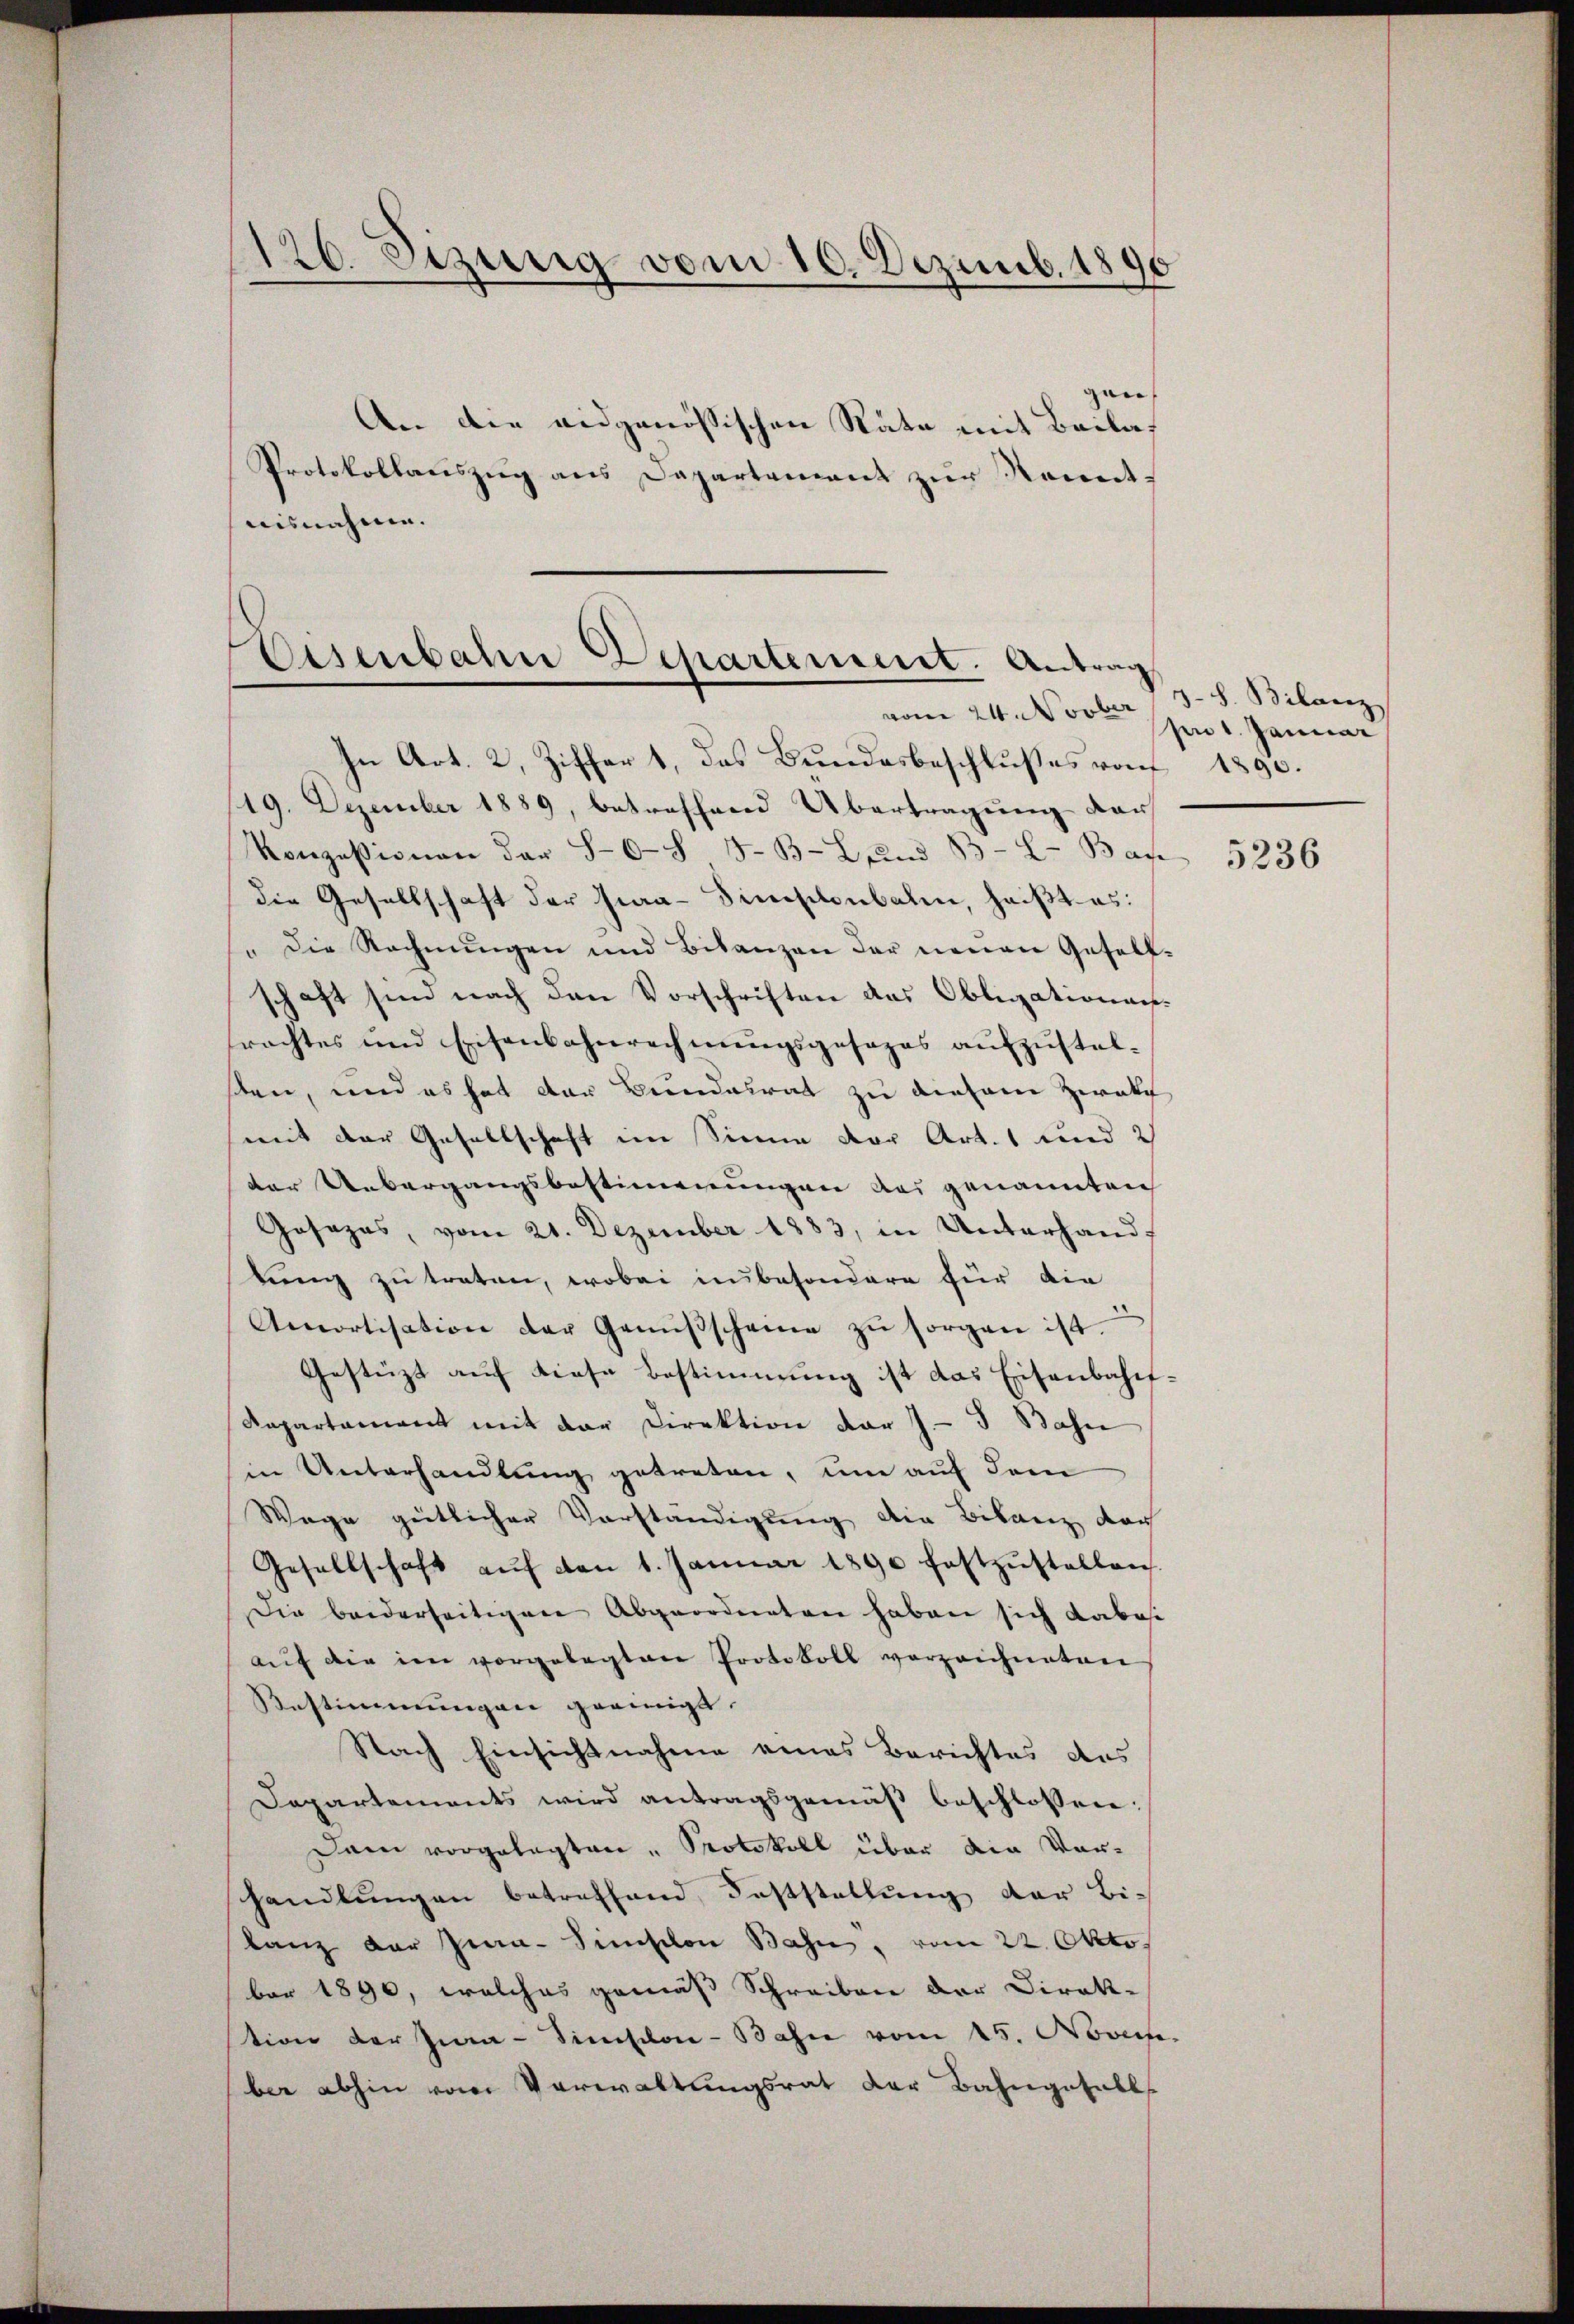
126. Jezung vom 10. Dezemb. 1890

gen
An die eidgenössischen Räte mit Beilas
Protokollauszug aus Dapartement zur Kenntaisnahme.

Eisenbahn Departement. Antrag
vom 24. Novber

In Art. 2, Ziffer 1, das Bundesbeschlußes von 1890.
19. Dezember 1889, betreffend Übertragung der
Konzessionen der 56 § 5. B. Bŭnd 138. Bac
die Gesellschaft der Fraa-Finslonbalen, heißt es:
"Die Rechnŭngen und Bilanzen der neuen Gesell-
schaft sind nach den Vorschriften das Obligations-
rachtes und Eisenbahnrechnungsgesezes aufzustelten, und es hat der Bundesrat zu diesem Herakt
mit der Gesellschaft im Sinne der Art. 1 und 2
der Uebergangsbestimmungen des genannten
Gosezes, vom 21. Dezember 1883, in Unterhandtung zu traten, wobei unbesondere für die
Amortisation der Genüβscheine zŭ sorgen ist.
Gestüzt auf diese Bestimmung ist das Eisenbahnf¬
Repartement mit der Direktion der J. I Bahn
in Unterhandlung getreten, um auf dem
Wege gütlicher Vorständigung die Bilanz dar
Gesellschaft aŭf von 1. Januar 1890 festzŭstellen.
Die beiderseitigen Abgeordneten haben sich dabes
aŭf die im vorgelegten Protokoll verzeichneten
Bestimmungen geeinigt.
Nach Einsichtnahme eines Berichtes des
Departements wird antragsgemäß beschlossen:
Dam vorgelegten " Protokoll über die Vor-
handlungen betreffend Feststellung der Bi-
lanz der Jura-Simischon Bahn, vom 22. Okto
ber 1890, welches gemäß Schreiben der Direktion der Inna-Simplon-Bahn vom 15. Nov.
ber abhin vom Verwaltungsrat der Bahngefall

3-S. Bilanz
pr 1. Januar

5236